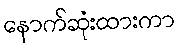
နောက်ဆုံးထားကာ